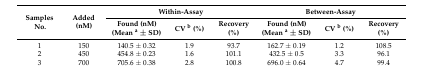
<table><thead><tr><td rowspan="2"><b>Samples No.</b></td><td rowspan="2"><b>Added (nM)</b></td><td colspan="3"><b>Within-Assay</b></td><td colspan="3"><b>Between-Assay</b></td></tr><tr><td><b>Found (nM) (Mean <sup>a</sup> ± SD)</b></td><td><b>CV <sup>b</sup> (%)</b></td><td><b>Recovery (%)</b></td><td><b>Found (nM) (Mean <sup>a</sup> ± SD)</b></td><td><b>CV <sup>b</sup> (%)</b></td><td><b>Recovery (%)</b></td></tr></thead><tbody><tr><td>1</td><td>150</td><td>140.5 ± 0.32</td><td>1.9</td><td>93.7</td><td>162.7 ± 0.19</td><td>1.2</td><td>108.5</td></tr><tr><td>2</td><td>450</td><td>454.8 ± 0.23</td><td>1.6</td><td>101.1</td><td>432.5 ± 0.5</td><td>3.3</td><td>96.1</td></tr><tr><td>3</td><td>700</td><td>705.6 ± 0.38</td><td>2.8</td><td>100.8</td><td>696.0 ± 0.64</td><td>4.7</td><td>99.4</td></tr></tbody></table>